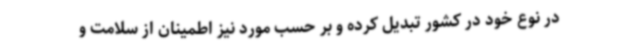
در نوع خود در کشور تبدیل کرده و بر حسب مورد نیز اطمینان از سلامت و